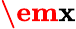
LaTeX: \textbf{\em x}